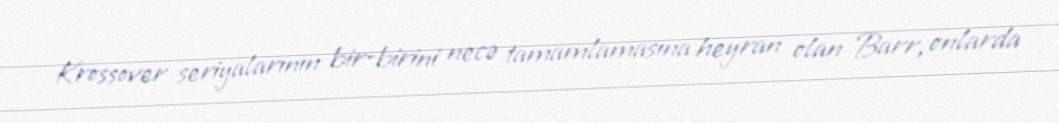
Krossover seriyalarının bir-birini necə tamamlamasına heyran olan Barr, onlarda